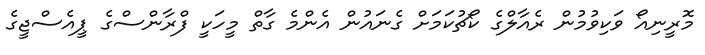
މޮރީނިއޯ ވަކިވުމުން ރެއާލްގެ ކޯޗުކަމަށް ގެނައުން އެންމެ ގާތް މީހަކީ ފްރާންސްގެ ޕީއެސްޖީގެ